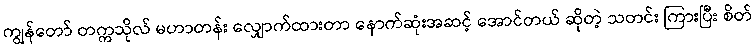
ကျွန်တော် တက္ကသိုလ် မဟာတန်း လျှောက်ထားတာ နောက်ဆုံးအဆင့် အောင်တယ် ဆိုတဲ့ သတင်း ကြားပြီး စိတ်